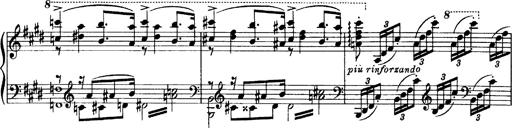
Title: OuvertÃ¼re zu TannhÃ¤user
Composer: Franz Liszt